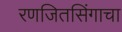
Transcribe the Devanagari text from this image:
रणजितसिंगाचा